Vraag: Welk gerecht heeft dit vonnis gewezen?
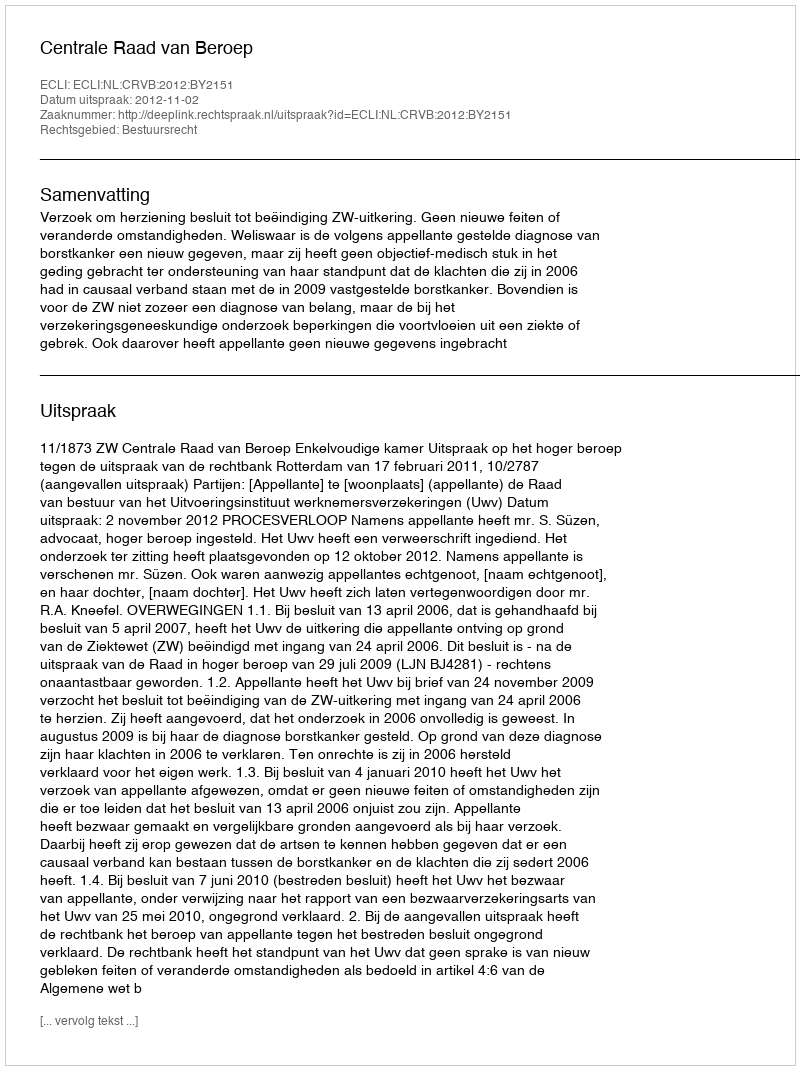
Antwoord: Centrale Raad van Beroep